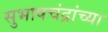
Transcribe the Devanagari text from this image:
सुभाषचंद्रांच्या